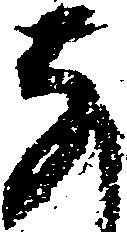
な